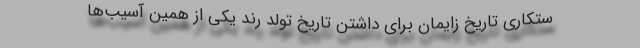
ستکاری تاریخ زایمان برای داشتن تاریخ تولد رُند یکی از همین آسیب‌ها